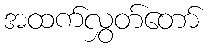
အထက်လွှတ်တော်